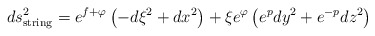
\begin{align*}ds^2_{\rm string}= e^{f+\varphi} \left( -d\xi^2 +dx^2 \right) +\xi e^{\varphi}\left( e^pdy^2 +e^{-p}dz^2 \right)\end{align*}